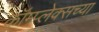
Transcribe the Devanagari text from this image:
कॉम्प्लेक्सच्या